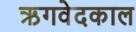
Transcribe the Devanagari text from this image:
ऋगवेदकाल